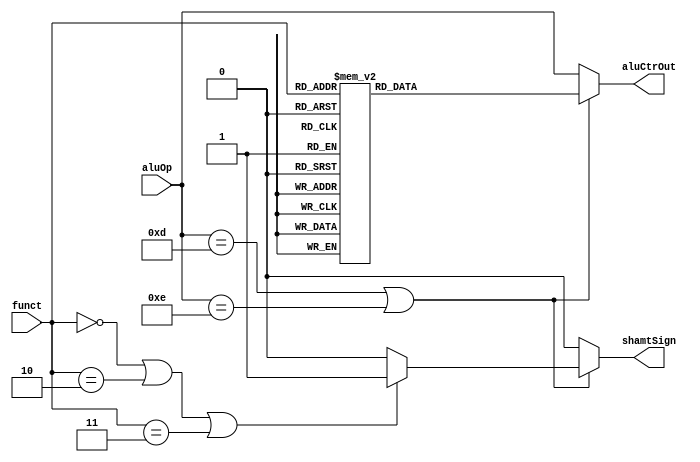
`timescale 1ns / 1ps
//////////////////////////////////////////////////////////////////////////////////
// Company:
// Engineer:
//
// Design Name:
// Module Name: ALUCtr
// Project Name:
// Target Devices:
// Tool Versions:
// Description:
//
// Dependencies:
//
// Revision:
// Revision 0.01 - File Created
// Additional Comments:
//
//////////////////////////////////////////////////////////////////////////////////


module ALUCtr(
           input [3 : 0] aluOp,
           input [5 : 0] funct,
           output [3 : 0] aluCtrOut,
           output shamtSign
       );
reg [3 : 0] ALUCtrOut;
reg ShamtSign;

always @ (aluOp or funct) begin
    if (aluOp == 4'b1101 || aluOp == 4'b1110) begin
        case (funct)
            6'b100000:      // add
                ALUCtrOut = 4'b0000;
            6'b100001:      // addu
                ALUCtrOut = 4'b0001;
            6'b100010:      // sub
                ALUCtrOut = 4'b0010;
            6'b100011:      // subu
                ALUCtrOut = 4'b0011;
            6'b100100:      // and
                ALUCtrOut = 4'b0100;
            6'b100101:      // or
                ALUCtrOut = 4'b0101;
            6'b100110:      // xor
                ALUCtrOut = 4'b0110;
            6'b100111:      // nor
                ALUCtrOut = 4'b0111;
            6'b101010:      // slt
                ALUCtrOut = 4'b1000;
            6'b101011:      // sltu
                ALUCtrOut = 4'b1001;
            6'b000000:      // sll
                ALUCtrOut = 4'b1010;
            6'b000010:      // srl
                ALUCtrOut = 4'b1011;
            6'b000011:      // sra
                ALUCtrOut = 4'b1100;
            6'b000100:      // sllv
                ALUCtrOut = 4'b1010;
            6'b000110:      // srlv
                ALUCtrOut = 4'b1011;
            6'b000111:      // srav
                ALUCtrOut = 4'b1100;
            6'b001000:      // jr
                ALUCtrOut = 4'b1111;
            default:
                ALUCtrOut = 4'b1111;
        endcase

        if (funct == 6'b000000 || funct == 6'b000010 || funct == 6'b000011)
            ShamtSign = 1;
        else
            ShamtSign = 0;
    end
    else begin
        ALUCtrOut = aluOp;
        ShamtSign = 0;
    end
end

assign aluCtrOut = ALUCtrOut;
assign shamtSign=ShamtSign;

endmodule